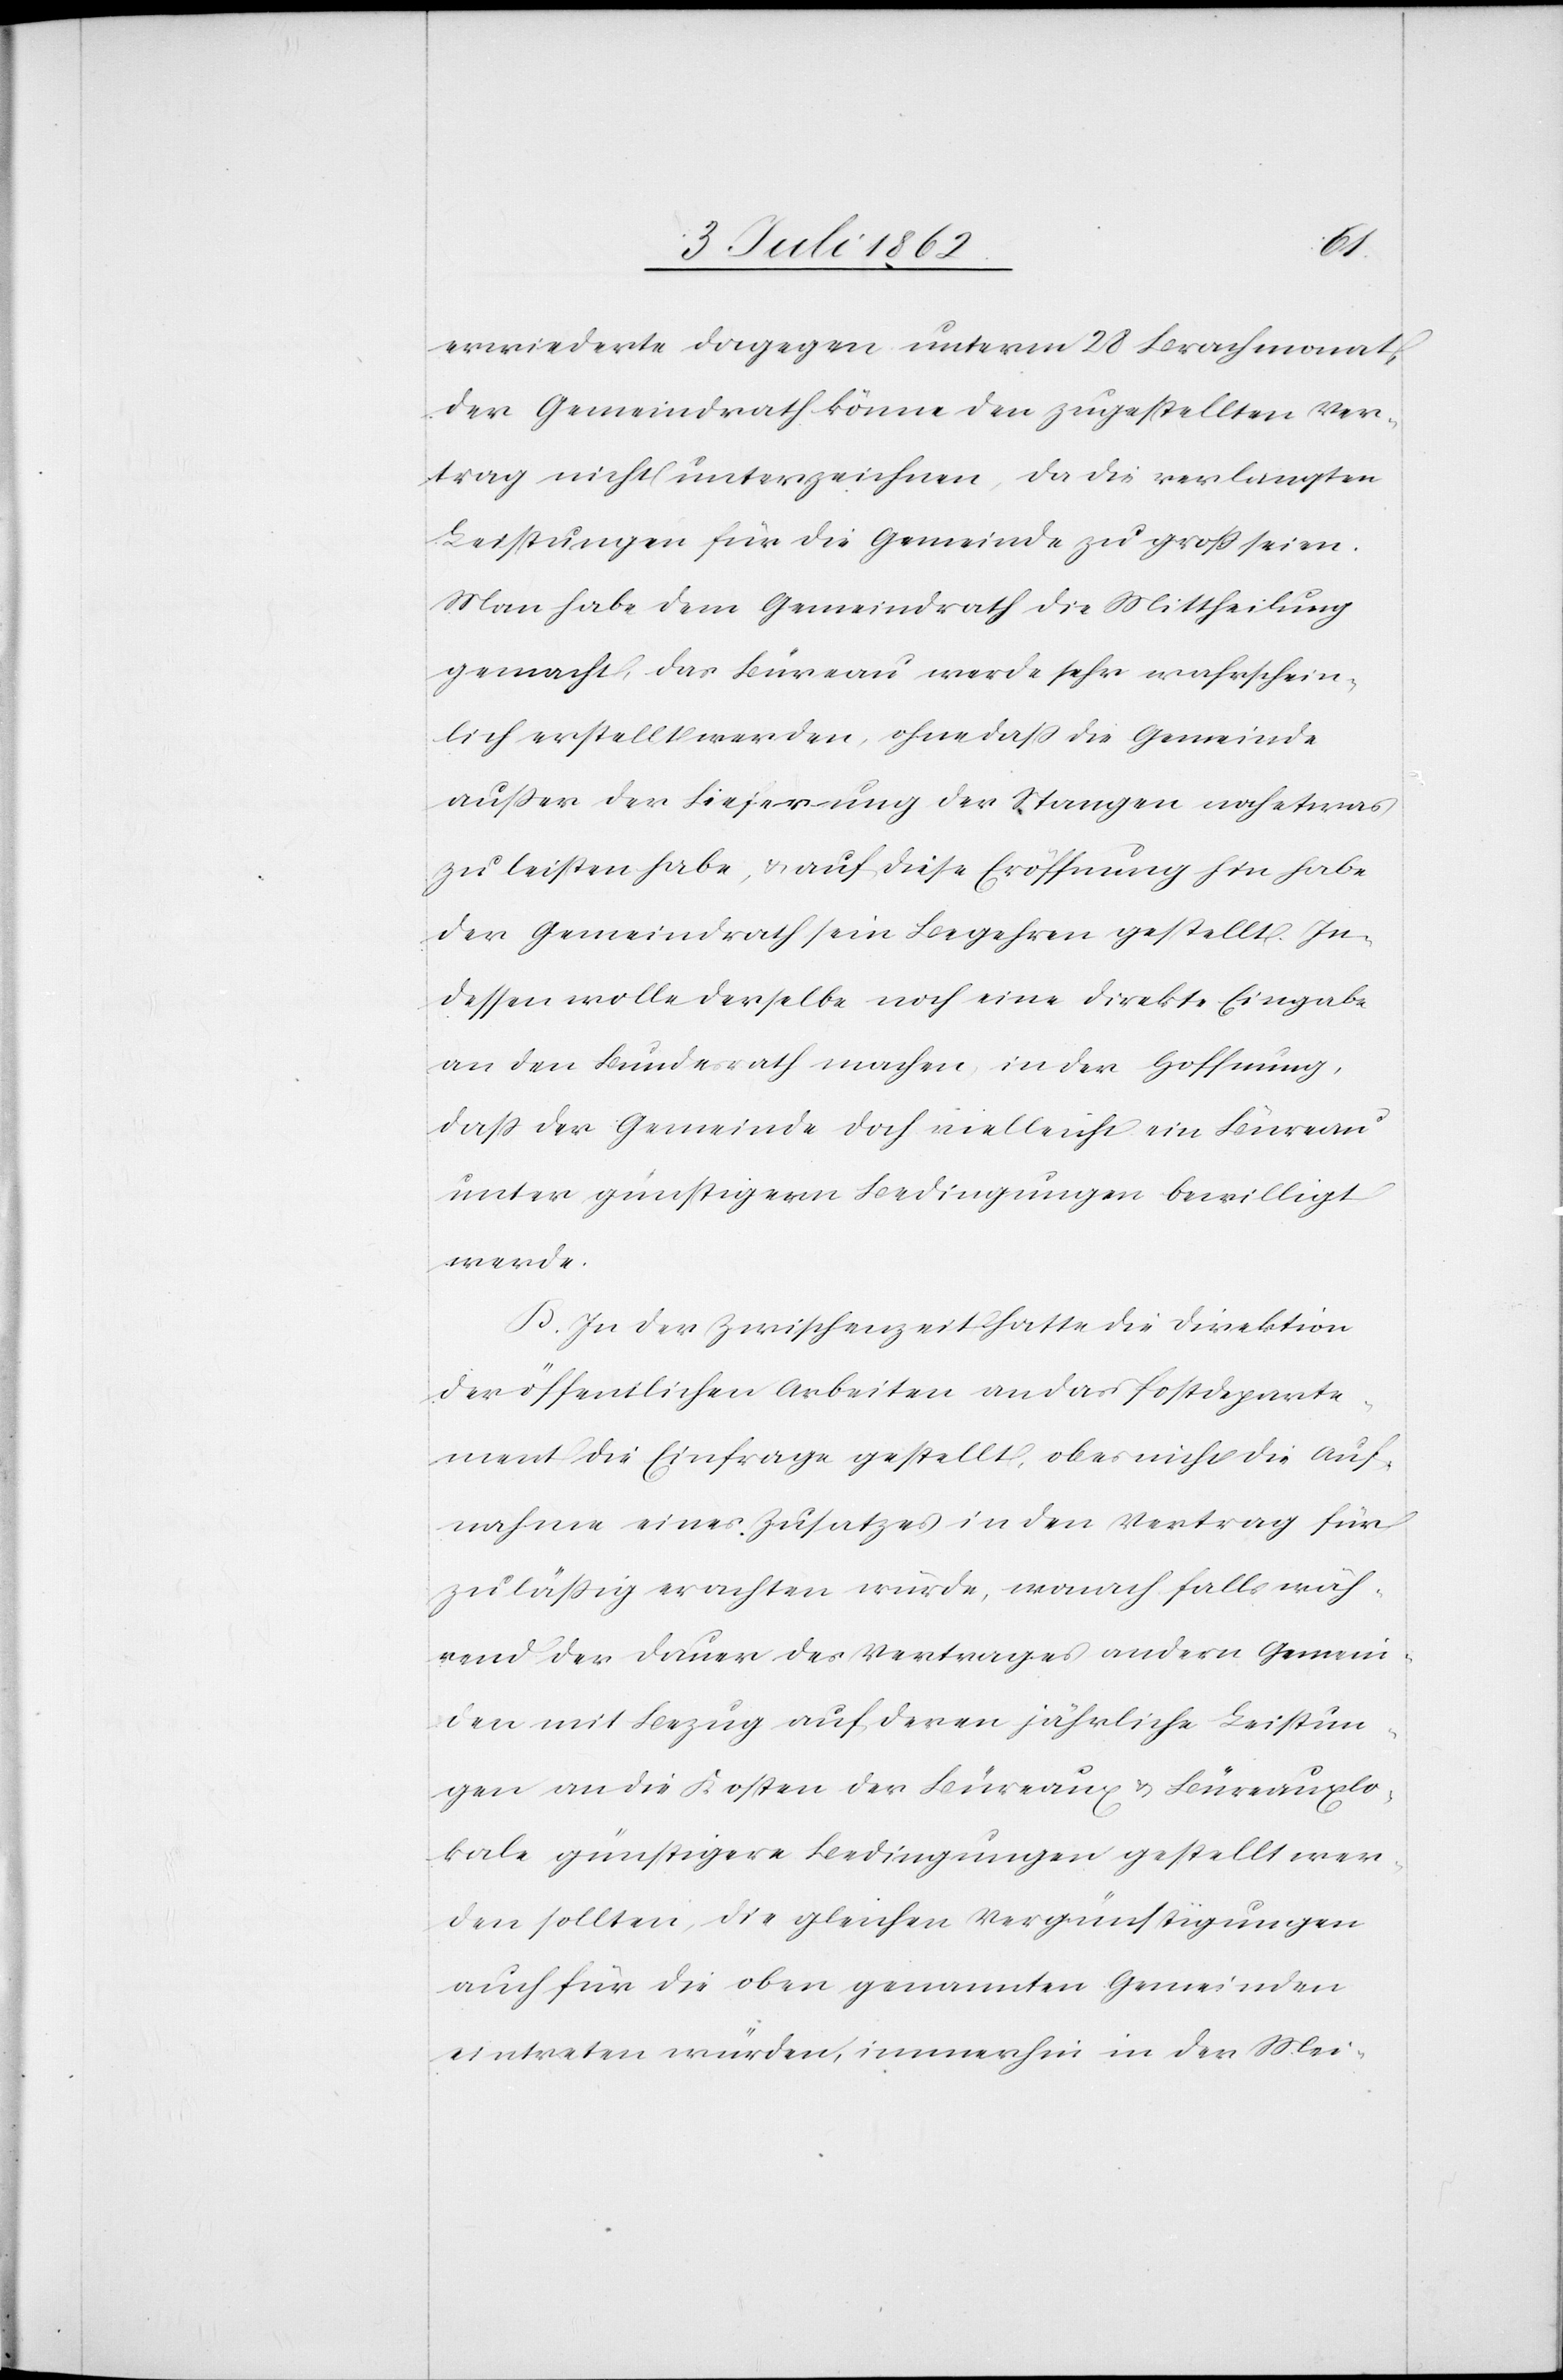
erwiederte dagegen unterm 28 Brachmonat
der Gemeindrath könne den zugestellten Ver¬
trag nicht unterzeichnen, da die verlangten
Leistungen für die Gemeinde zu groß seien.
Man habe dem Gemeindrath die Mittheilung
gemacht, das Büreau werde sehr wahrschein¬
lich erstellt werden, ohne daß die Gemeinde
außer der Lieferung der Stangen noch etwas
zu leisten habe, u. auf diese Eröffnung hin habe
der Gemeindrath sein Begehren gestellt. In¬
dessen wolle derselbe noch eine direkte Eingabe
an den Bundesrath machen, in der Hoffnung,
daß der Gemeinde doch vielleicht ein Büreau
unter günstigern Bedingungen bewilligt
werde.
B. In der Zwischenzeit hatte die Direktion
der öffentlichen Arbeiten an das Postdeparte¬
ment die Einfrage gestellt, ob es nicht die Auf¬
nahme eines Zusatzes in den Vertrag für
zuläßig erachten würde, wonach falls wäh¬
rend der Dauer des Vertrages andern Gemein¬
den mit Bezug auf deren jährliche Leistun¬
gen an die Kosten der Büreaux u. Büreauxlo¬
kale günstigere Bedingungen gestellt wer¬
den sollten, die gleichen Vergünstigungen
auch für die oben genannten Gemeinden
eintreten würden, immerhin in der Mei-